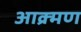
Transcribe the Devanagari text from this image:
आक्र्मण